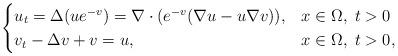
LaTeX: \begin{align*}\begin{cases}u_t=\Delta (ue^{-v})=\nabla \cdot(e^{-v}(\nabla u-u\nabla v)),&x\in\Omega,\;t>0\\v_t-\Delta v+v=u,&x\in\Omega,\;t>0,\end{cases}\end{align*}